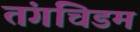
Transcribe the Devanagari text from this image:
तंगचिडम